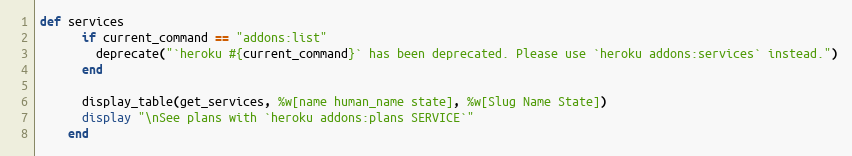
Language: Ruby
def services
      if current_command == "addons:list"
        deprecate("`heroku #{current_command}` has been deprecated. Please use `heroku addons:services` instead.")
      end

      display_table(get_services, %w[name human_name state], %w[Slug Name State])
      display "\nSee plans with `heroku addons:plans SERVICE`"
    end